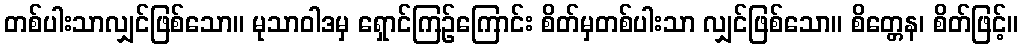
တစ်ပါးသာလျှင်ဖြစ်သော။ မုသာဝါဒမှ ရှောင်ကြဉ်ကြောင်း စိတ်မှတစ်ပါးသာ လျှင်ဖြစ်သော။ စိတ္တေန၊ စိတ်ဖြင့်။